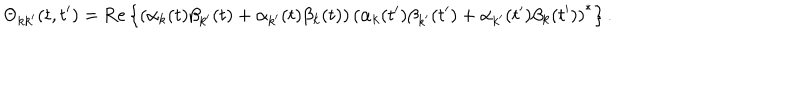
LaTeX: \Theta _ { k k ^ { \prime } } ( t , t ^ { \prime } ) = \mathrm { R e } \left\{ \left( \alpha _ { k } ( t ) \beta _ { k ^ { \prime } } ( t ) + \alpha _ { k ^ { \prime } } ( t ) \beta _ { k } ( t ) \right) \left( \alpha _ { k } ( t ^ { \prime } ) \beta _ { k ^ { \prime } } ( t ^ { \prime } ) + \alpha _ { k ^ { \prime } } ( t ^ { \prime } ) \beta _ { k } ( t ^ { \prime } ) \right) ^ { * } \right\} .